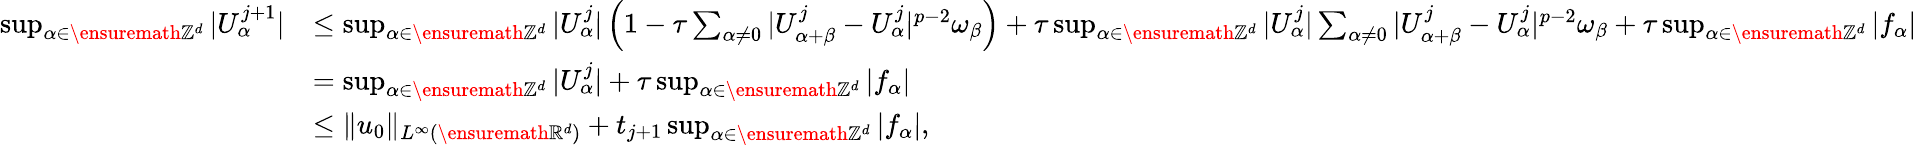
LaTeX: \begin{array}{rl}{\operatorname*{sup}_{\alpha\in\ensuremath{\mathbb{Z}}^{d}}|U_{\alpha}^{j+1}|}&{\leq\operatorname*{sup}_{\alpha\in\ensuremath{\mathbb{Z}}^{d}}|U_{\alpha}^{j}|\left(1-\tau\sum_{\alpha\not=0}|U_{\alpha+\beta}^{j}-U_{\alpha}^{j}|^{p-2}\omega_{\beta}\right)+\tau\operatorname*{sup}_{\alpha\in\ensuremath{\mathbb{Z}}^{d}}|U_{\alpha}^{j}|\sum_{\alpha\not=0}|U_{\alpha+\beta}^{j}-U_{\alpha}^{j}|^{p-2}\omega_{\beta}+\tau\operatorname*{sup}_{\alpha\in\ensuremath{\mathbb{Z}}^{d}}|f_{\alpha}|}\\ &{=\operatorname*{sup}_{\alpha\in\ensuremath{\mathbb{Z}}^{d}}|U_{\alpha}^{j}|+\tau\operatorname*{sup}_{\alpha\in\ensuremath{\mathbb{Z}}^{d}}|f_{\alpha}|}\\ &{\leq\| u_{0}\| _{L^{\infty}(\ensuremath{\mathbb{R}}^{d})}+t_{j+1}\operatorname*{sup}_{\alpha\in\ensuremath{\mathbb{Z}}^{d}}|f_{\alpha}|,}\end{array}